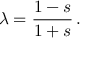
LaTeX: \lambda = \frac { 1 - s } { 1 + s } \, .